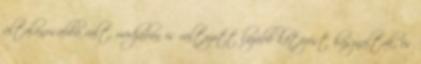
általánosabbá vált, módjában is változott lazább kötözést használtak, és